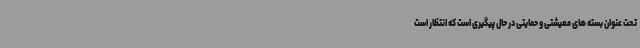
تحت عنوان بسته های معیشتی و حمایتی در حال پیگیری است که انتظار است